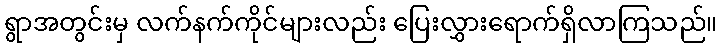
ရွာအတွင်းမှ လက်နက်ကိုင်များလည်း ပြေးလွှားရောက်ရှိလာကြသည်။